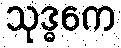
သုဒ္ဓကေ